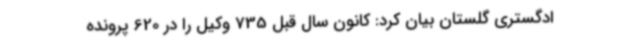
ادگستری گلستان بیان کرد: کانون سال قبل 735 وکیل را در 620 پرونده